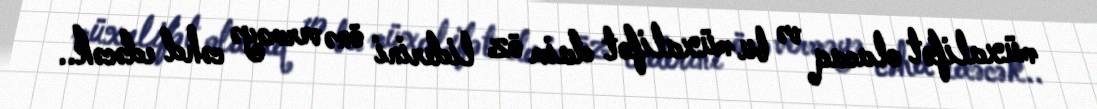
müxalifət olacaq və bu müxalifət daim öz liderini önə verməyə cəhd edəcək..